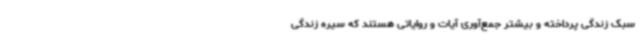
سبک زندگی پرداخته و بیشتر جمع‌آوری آیات و روایاتی هستند که سیره زندگی